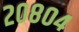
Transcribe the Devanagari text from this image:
२०८०४